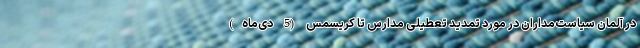
در آلمان سیاست‌مداران در مورد تمدید تعطیلی مدارس تا کریسمس (5 دی‌ماه)